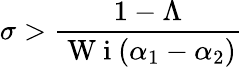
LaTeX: \sigma>\frac{1-\Lambda}{\mathrm{~W~i~}(\alpha_{1}-\alpha_{2})}